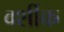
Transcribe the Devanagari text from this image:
वर्शीक